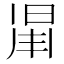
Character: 𣇑